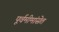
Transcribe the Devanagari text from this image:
पूर्वमीमांसेत